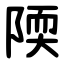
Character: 陾